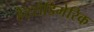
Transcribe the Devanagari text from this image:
हेटरोडिमेरिक